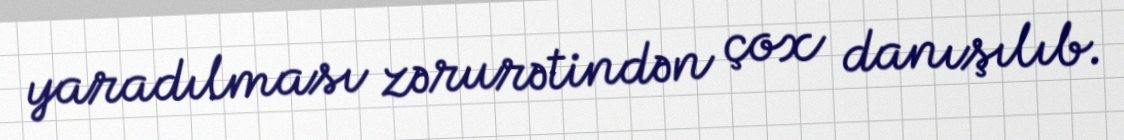
yaradılması zərurətindən çox danışılıb.